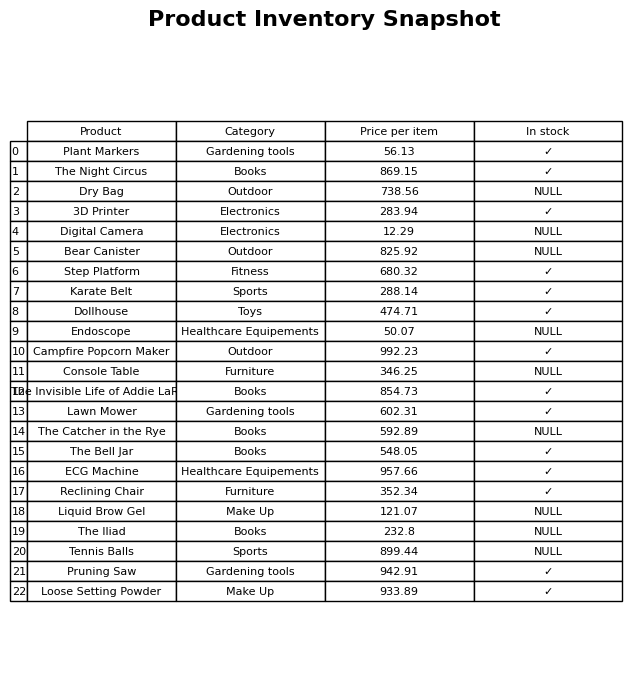
question: What is the price of the Dry Bag?
answer: The price of Dry Bag is 738.56.